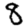
Digit: 8